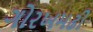
ગોરખમઢી